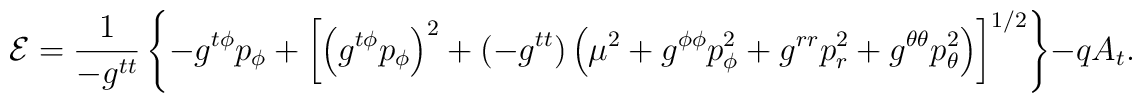
{\cal E} = \frac{1}{ - g^{tt}}       \left\{ - g^{t \phi}  p_\phi   +  	 \left[           \left(g^{t \phi} p_\phi  \right)^2 + ( - g^{tt}) 	    \left( \mu^2 +     g^{\phi \phi} p_\phi^2 + g^{rr} p_r^2 + g^{\theta \theta}	    p_\theta^2 \right)         \right]^{1/2}      \right\}  - q A_t.